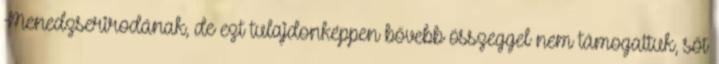
Menedzserirodának, de ezt tulajdonképpen bővebb összeggel nem támogattuk, sőt